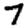
Digit: 7